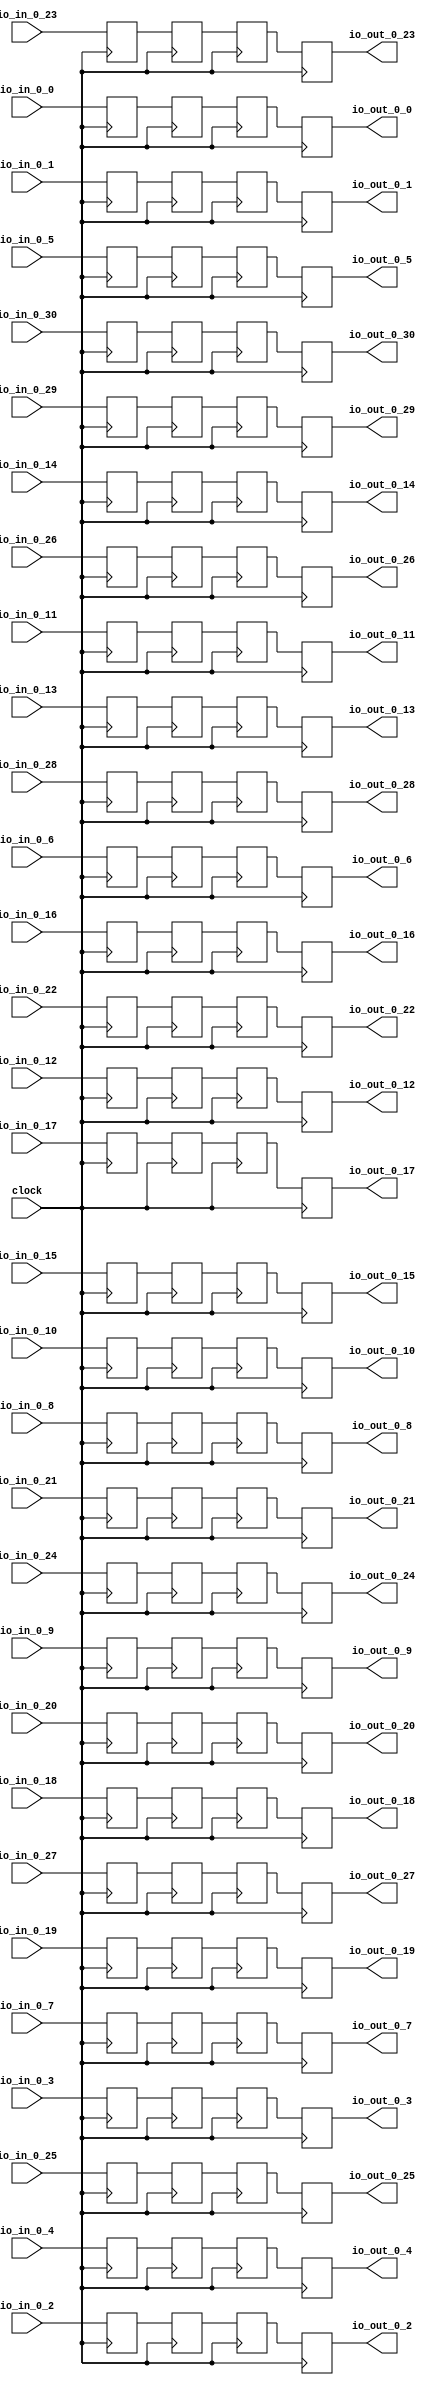
// Copyright (c) 2017, Microsemi Corporation
// All rights reserved.
//
// Redistribution and use in source and binary forms, with or without
// modification, are permitted provided that the following conditions are met:
//     * Redistributions of source code must retain the above copyright
//       notice, this list of conditions and the following disclaimer.
//     * Redistributions in binary form must reproduce the above copyright
//       notice, this list of conditions and the following disclaimer in the
//       documentation and/or other materials provided with the distribution.
//     * Neither the name of the <organization> nor the
//       names of its contributors may be used to endorse or promote products
//       derived from this software without specific prior written permission.
//
// THIS SOFTWARE IS PROVIDED BY THE COPYRIGHT HOLDERS AND CONTRIBUTORS "AS IS" AND
// ANY EXPRESS OR IMPLIED WARRANTIES, INCLUDING, BUT NOT LIMITED TO, THE IMPLIED
// WARRANTIES OF MERCHANTABILITY AND FITNESS FOR A PARTICULAR PURPOSE ARE
// DISCLAIMED. IN NO EVENT SHALL MICROSEMI CORPORATIONM BE LIABLE FOR ANY
// DIRECT, INDIRECT, INCIDENTAL, SPECIAL, EXEMPLARY, OR CONSEQUENTIAL DAMAGES
// (INCLUDING, BUT NOT LIMITED TO, PROCUREMENT OF SUBSTITUTE GOODS OR SERVICES;
// LOSS OF USE, DATA, OR PROFITS; OR BUSINESS INTERRUPTION) HOWEVER CAUSED AND
// ON ANY THEORY OF LIABILITY, WHETHER IN CONTRACT, STRICT LIABILITY, OR TORT
// (INCLUDING NEGLIGENCE OR OTHERWISE) ARISING IN ANY WAY OUT OF THE USE OF THIS
// SOFTWARE, EVEN IF ADVISED OF THE POSSIBILITY OF SUCH DAMAGE.
//
// APACHE LICENSE
// Copyright (c) 2017, Microsemi Corporation 
//
// Licensed under the Apache License, Version 2.0 (the "License");
// you may not use this file except in compliance with the License.
// You may obtain a copy of the License at
//
//    http://www.apache.org/licenses/LICENSE-2.0
//
// Unless required by applicable law or agreed to in writing, software
// distributed under the License is distributed on an "AS IS" BASIS,
// WITHOUT WARRANTIES OR CONDITIONS OF ANY KIND, either express or implied.
// See the License for the specific language governing permissions and
// limitations under the License.
//
// Description:
//
// SVN Revision Information:
// SVN $Revision: $
// SVN $Date: $
//
// Resolved SARs
// SAR      Date     Who   Description
//
// Notes:
//
// ****************************************************************************/
`define RANDOMIZE
`timescale 1ns/10ps
module PROC_SUBSYSTEM_MIV_RV32IMA_L1_AHB_0_MIV_RV32IMA_L1_AHB_INT_XING(
  input   clock,
  input   io_in_0_0,
  input   io_in_0_1,
  input   io_in_0_2,
  input   io_in_0_3,
  input   io_in_0_4,
  input   io_in_0_5,
  input   io_in_0_6,
  input   io_in_0_7,
  input   io_in_0_8,
  input   io_in_0_9,
  input   io_in_0_10,
  input   io_in_0_11,
  input   io_in_0_12,
  input   io_in_0_13,
  input   io_in_0_14,
  input   io_in_0_15,
  input   io_in_0_16,
  input   io_in_0_17,
  input   io_in_0_18,
  input   io_in_0_19,
  input   io_in_0_20,
  input   io_in_0_21,
  input   io_in_0_22,
  input   io_in_0_23,
  input   io_in_0_24,
  input   io_in_0_25,
  input   io_in_0_26,
  input   io_in_0_27,
  input   io_in_0_28,
  input   io_in_0_29,
  input   io_in_0_30,
  output  io_out_0_0,
  output  io_out_0_1,
  output  io_out_0_2,
  output  io_out_0_3,
  output  io_out_0_4,
  output  io_out_0_5,
  output  io_out_0_6,
  output  io_out_0_7,
  output  io_out_0_8,
  output  io_out_0_9,
  output  io_out_0_10,
  output  io_out_0_11,
  output  io_out_0_12,
  output  io_out_0_13,
  output  io_out_0_14,
  output  io_out_0_15,
  output  io_out_0_16,
  output  io_out_0_17,
  output  io_out_0_18,
  output  io_out_0_19,
  output  io_out_0_20,
  output  io_out_0_21,
  output  io_out_0_22,
  output  io_out_0_23,
  output  io_out_0_24,
  output  io_out_0_25,
  output  io_out_0_26,
  output  io_out_0_27,
  output  io_out_0_28,
  output  io_out_0_29,
  output  io_out_0_30
);
  reg  _T_109_0;
  reg [31:0] _RAND_0;
  reg  _T_109_1;
  reg [31:0] _RAND_1;
  reg  _T_109_2;
  reg [31:0] _RAND_2;
  reg  _T_109_3;
  reg [31:0] _RAND_3;
  reg  _T_109_4;
  reg [31:0] _RAND_4;
  reg  _T_109_5;
  reg [31:0] _RAND_5;
  reg  _T_109_6;
  reg [31:0] _RAND_6;
  reg  _T_109_7;
  reg [31:0] _RAND_7;
  reg  _T_109_8;
  reg [31:0] _RAND_8;
  reg  _T_109_9;
  reg [31:0] _RAND_9;
  reg  _T_109_10;
  reg [31:0] _RAND_10;
  reg  _T_109_11;
  reg [31:0] _RAND_11;
  reg  _T_109_12;
  reg [31:0] _RAND_12;
  reg  _T_109_13;
  reg [31:0] _RAND_13;
  reg  _T_109_14;
  reg [31:0] _RAND_14;
  reg  _T_109_15;
  reg [31:0] _RAND_15;
  reg  _T_109_16;
  reg [31:0] _RAND_16;
  reg  _T_109_17;
  reg [31:0] _RAND_17;
  reg  _T_109_18;
  reg [31:0] _RAND_18;
  reg  _T_109_19;
  reg [31:0] _RAND_19;
  reg  _T_109_20;
  reg [31:0] _RAND_20;
  reg  _T_109_21;
  reg [31:0] _RAND_21;
  reg  _T_109_22;
  reg [31:0] _RAND_22;
  reg  _T_109_23;
  reg [31:0] _RAND_23;
  reg  _T_109_24;
  reg [31:0] _RAND_24;
  reg  _T_109_25;
  reg [31:0] _RAND_25;
  reg  _T_109_26;
  reg [31:0] _RAND_26;
  reg  _T_109_27;
  reg [31:0] _RAND_27;
  reg  _T_109_28;
  reg [31:0] _RAND_28;
  reg  _T_109_29;
  reg [31:0] _RAND_29;
  reg  _T_109_30;
  reg [31:0] _RAND_30;
  reg  _T_337_0;
  reg [31:0] _RAND_31;
  reg  _T_337_1;
  reg [31:0] _RAND_32;
  reg  _T_337_2;
  reg [31:0] _RAND_33;
  reg  _T_337_3;
  reg [31:0] _RAND_34;
  reg  _T_337_4;
  reg [31:0] _RAND_35;
  reg  _T_337_5;
  reg [31:0] _RAND_36;
  reg  _T_337_6;
  reg [31:0] _RAND_37;
  reg  _T_337_7;
  reg [31:0] _RAND_38;
  reg  _T_337_8;
  reg [31:0] _RAND_39;
  reg  _T_337_9;
  reg [31:0] _RAND_40;
  reg  _T_337_10;
  reg [31:0] _RAND_41;
  reg  _T_337_11;
  reg [31:0] _RAND_42;
  reg  _T_337_12;
  reg [31:0] _RAND_43;
  reg  _T_337_13;
  reg [31:0] _RAND_44;
  reg  _T_337_14;
  reg [31:0] _RAND_45;
  reg  _T_337_15;
  reg [31:0] _RAND_46;
  reg  _T_337_16;
  reg [31:0] _RAND_47;
  reg  _T_337_17;
  reg [31:0] _RAND_48;
  reg  _T_337_18;
  reg [31:0] _RAND_49;
  reg  _T_337_19;
  reg [31:0] _RAND_50;
  reg  _T_337_20;
  reg [31:0] _RAND_51;
  reg  _T_337_21;
  reg [31:0] _RAND_52;
  reg  _T_337_22;
  reg [31:0] _RAND_53;
  reg  _T_337_23;
  reg [31:0] _RAND_54;
  reg  _T_337_24;
  reg [31:0] _RAND_55;
  reg  _T_337_25;
  reg [31:0] _RAND_56;
  reg  _T_337_26;
  reg [31:0] _RAND_57;
  reg  _T_337_27;
  reg [31:0] _RAND_58;
  reg  _T_337_28;
  reg [31:0] _RAND_59;
  reg  _T_337_29;
  reg [31:0] _RAND_60;
  reg  _T_337_30;
  reg [31:0] _RAND_61;
  reg  _T_693_0;
  reg [31:0] _RAND_62;
  reg  _T_693_1;
  reg [31:0] _RAND_63;
  reg  _T_693_2;
  reg [31:0] _RAND_64;
  reg  _T_693_3;
  reg [31:0] _RAND_65;
  reg  _T_693_4;
  reg [31:0] _RAND_66;
  reg  _T_693_5;
  reg [31:0] _RAND_67;
  reg  _T_693_6;
  reg [31:0] _RAND_68;
  reg  _T_693_7;
  reg [31:0] _RAND_69;
  reg  _T_693_8;
  reg [31:0] _RAND_70;
  reg  _T_693_9;
  reg [31:0] _RAND_71;
  reg  _T_693_10;
  reg [31:0] _RAND_72;
  reg  _T_693_11;
  reg [31:0] _RAND_73;
  reg  _T_693_12;
  reg [31:0] _RAND_74;
  reg  _T_693_13;
  reg [31:0] _RAND_75;
  reg  _T_693_14;
  reg [31:0] _RAND_76;
  reg  _T_693_15;
  reg [31:0] _RAND_77;
  reg  _T_693_16;
  reg [31:0] _RAND_78;
  reg  _T_693_17;
  reg [31:0] _RAND_79;
  reg  _T_693_18;
  reg [31:0] _RAND_80;
  reg  _T_693_19;
  reg [31:0] _RAND_81;
  reg  _T_693_20;
  reg [31:0] _RAND_82;
  reg  _T_693_21;
  reg [31:0] _RAND_83;
  reg  _T_693_22;
  reg [31:0] _RAND_84;
  reg  _T_693_23;
  reg [31:0] _RAND_85;
  reg  _T_693_24;
  reg [31:0] _RAND_86;
  reg  _T_693_25;
  reg [31:0] _RAND_87;
  reg  _T_693_26;
  reg [31:0] _RAND_88;
  reg  _T_693_27;
  reg [31:0] _RAND_89;
  reg  _T_693_28;
  reg [31:0] _RAND_90;
  reg  _T_693_29;
  reg [31:0] _RAND_91;
  reg  _T_693_30;
  reg [31:0] _RAND_92;
  reg  _T_1177_0;
  reg [31:0] _RAND_93;
  reg  _T_1177_1;
  reg [31:0] _RAND_94;
  reg  _T_1177_2;
  reg [31:0] _RAND_95;
  reg  _T_1177_3;
  reg [31:0] _RAND_96;
  reg  _T_1177_4;
  reg [31:0] _RAND_97;
  reg  _T_1177_5;
  reg [31:0] _RAND_98;
  reg  _T_1177_6;
  reg [31:0] _RAND_99;
  reg  _T_1177_7;
  reg [31:0] _RAND_100;
  reg  _T_1177_8;
  reg [31:0] _RAND_101;
  reg  _T_1177_9;
  reg [31:0] _RAND_102;
  reg  _T_1177_10;
  reg [31:0] _RAND_103;
  reg  _T_1177_11;
  reg [31:0] _RAND_104;
  reg  _T_1177_12;
  reg [31:0] _RAND_105;
  reg  _T_1177_13;
  reg [31:0] _RAND_106;
  reg  _T_1177_14;
  reg [31:0] _RAND_107;
  reg  _T_1177_15;
  reg [31:0] _RAND_108;
  reg  _T_1177_16;
  reg [31:0] _RAND_109;
  reg  _T_1177_17;
  reg [31:0] _RAND_110;
  reg  _T_1177_18;
  reg [31:0] _RAND_111;
  reg  _T_1177_19;
  reg [31:0] _RAND_112;
  reg  _T_1177_20;
  reg [31:0] _RAND_113;
  reg  _T_1177_21;
  reg [31:0] _RAND_114;
  reg  _T_1177_22;
  reg [31:0] _RAND_115;
  reg  _T_1177_23;
  reg [31:0] _RAND_116;
  reg  _T_1177_24;
  reg [31:0] _RAND_117;
  reg  _T_1177_25;
  reg [31:0] _RAND_118;
  reg  _T_1177_26;
  reg [31:0] _RAND_119;
  reg  _T_1177_27;
  reg [31:0] _RAND_120;
  reg  _T_1177_28;
  reg [31:0] _RAND_121;
  reg  _T_1177_29;
  reg [31:0] _RAND_122;
  reg  _T_1177_30;
  reg [31:0] _RAND_123;
  assign io_out_0_0 = _T_1177_0;
  assign io_out_0_1 = _T_1177_1;
  assign io_out_0_2 = _T_1177_2;
  assign io_out_0_3 = _T_1177_3;
  assign io_out_0_4 = _T_1177_4;
  assign io_out_0_5 = _T_1177_5;
  assign io_out_0_6 = _T_1177_6;
  assign io_out_0_7 = _T_1177_7;
  assign io_out_0_8 = _T_1177_8;
  assign io_out_0_9 = _T_1177_9;
  assign io_out_0_10 = _T_1177_10;
  assign io_out_0_11 = _T_1177_11;
  assign io_out_0_12 = _T_1177_12;
  assign io_out_0_13 = _T_1177_13;
  assign io_out_0_14 = _T_1177_14;
  assign io_out_0_15 = _T_1177_15;
  assign io_out_0_16 = _T_1177_16;
  assign io_out_0_17 = _T_1177_17;
  assign io_out_0_18 = _T_1177_18;
  assign io_out_0_19 = _T_1177_19;
  assign io_out_0_20 = _T_1177_20;
  assign io_out_0_21 = _T_1177_21;
  assign io_out_0_22 = _T_1177_22;
  assign io_out_0_23 = _T_1177_23;
  assign io_out_0_24 = _T_1177_24;
  assign io_out_0_25 = _T_1177_25;
  assign io_out_0_26 = _T_1177_26;
  assign io_out_0_27 = _T_1177_27;
  assign io_out_0_28 = _T_1177_28;
  assign io_out_0_29 = _T_1177_29;
  assign io_out_0_30 = _T_1177_30;
`ifdef RANDOMIZE
  integer initvar;
  initial begin
    `ifndef verilator
      #0.002 begin end
    `endif
  `ifdef RANDOMIZE_REG_INIT
  _RAND_0 = {1{$random}};
  _T_109_0 = _RAND_0[0:0];
  `endif // RANDOMIZE_REG_INIT
  `ifdef RANDOMIZE_REG_INIT
  _RAND_1 = {1{$random}};
  _T_109_1 = _RAND_1[0:0];
  `endif // RANDOMIZE_REG_INIT
  `ifdef RANDOMIZE_REG_INIT
  _RAND_2 = {1{$random}};
  _T_109_2 = _RAND_2[0:0];
  `endif // RANDOMIZE_REG_INIT
  `ifdef RANDOMIZE_REG_INIT
  _RAND_3 = {1{$random}};
  _T_109_3 = _RAND_3[0:0];
  `endif // RANDOMIZE_REG_INIT
  `ifdef RANDOMIZE_REG_INIT
  _RAND_4 = {1{$random}};
  _T_109_4 = _RAND_4[0:0];
  `endif // RANDOMIZE_REG_INIT
  `ifdef RANDOMIZE_REG_INIT
  _RAND_5 = {1{$random}};
  _T_109_5 = _RAND_5[0:0];
  `endif // RANDOMIZE_REG_INIT
  `ifdef RANDOMIZE_REG_INIT
  _RAND_6 = {1{$random}};
  _T_109_6 = _RAND_6[0:0];
  `endif // RANDOMIZE_REG_INIT
  `ifdef RANDOMIZE_REG_INIT
  _RAND_7 = {1{$random}};
  _T_109_7 = _RAND_7[0:0];
  `endif // RANDOMIZE_REG_INIT
  `ifdef RANDOMIZE_REG_INIT
  _RAND_8 = {1{$random}};
  _T_109_8 = _RAND_8[0:0];
  `endif // RANDOMIZE_REG_INIT
  `ifdef RANDOMIZE_REG_INIT
  _RAND_9 = {1{$random}};
  _T_109_9 = _RAND_9[0:0];
  `endif // RANDOMIZE_REG_INIT
  `ifdef RANDOMIZE_REG_INIT
  _RAND_10 = {1{$random}};
  _T_109_10 = _RAND_10[0:0];
  `endif // RANDOMIZE_REG_INIT
  `ifdef RANDOMIZE_REG_INIT
  _RAND_11 = {1{$random}};
  _T_109_11 = _RAND_11[0:0];
  `endif // RANDOMIZE_REG_INIT
  `ifdef RANDOMIZE_REG_INIT
  _RAND_12 = {1{$random}};
  _T_109_12 = _RAND_12[0:0];
  `endif // RANDOMIZE_REG_INIT
  `ifdef RANDOMIZE_REG_INIT
  _RAND_13 = {1{$random}};
  _T_109_13 = _RAND_13[0:0];
  `endif // RANDOMIZE_REG_INIT
  `ifdef RANDOMIZE_REG_INIT
  _RAND_14 = {1{$random}};
  _T_109_14 = _RAND_14[0:0];
  `endif // RANDOMIZE_REG_INIT
  `ifdef RANDOMIZE_REG_INIT
  _RAND_15 = {1{$random}};
  _T_109_15 = _RAND_15[0:0];
  `endif // RANDOMIZE_REG_INIT
  `ifdef RANDOMIZE_REG_INIT
  _RAND_16 = {1{$random}};
  _T_109_16 = _RAND_16[0:0];
  `endif // RANDOMIZE_REG_INIT
  `ifdef RANDOMIZE_REG_INIT
  _RAND_17 = {1{$random}};
  _T_109_17 = _RAND_17[0:0];
  `endif // RANDOMIZE_REG_INIT
  `ifdef RANDOMIZE_REG_INIT
  _RAND_18 = {1{$random}};
  _T_109_18 = _RAND_18[0:0];
  `endif // RANDOMIZE_REG_INIT
  `ifdef RANDOMIZE_REG_INIT
  _RAND_19 = {1{$random}};
  _T_109_19 = _RAND_19[0:0];
  `endif // RANDOMIZE_REG_INIT
  `ifdef RANDOMIZE_REG_INIT
  _RAND_20 = {1{$random}};
  _T_109_20 = _RAND_20[0:0];
  `endif // RANDOMIZE_REG_INIT
  `ifdef RANDOMIZE_REG_INIT
  _RAND_21 = {1{$random}};
  _T_109_21 = _RAND_21[0:0];
  `endif // RANDOMIZE_REG_INIT
  `ifdef RANDOMIZE_REG_INIT
  _RAND_22 = {1{$random}};
  _T_109_22 = _RAND_22[0:0];
  `endif // RANDOMIZE_REG_INIT
  `ifdef RANDOMIZE_REG_INIT
  _RAND_23 = {1{$random}};
  _T_109_23 = _RAND_23[0:0];
  `endif // RANDOMIZE_REG_INIT
  `ifdef RANDOMIZE_REG_INIT
  _RAND_24 = {1{$random}};
  _T_109_24 = _RAND_24[0:0];
  `endif // RANDOMIZE_REG_INIT
  `ifdef RANDOMIZE_REG_INIT
  _RAND_25 = {1{$random}};
  _T_109_25 = _RAND_25[0:0];
  `endif // RANDOMIZE_REG_INIT
  `ifdef RANDOMIZE_REG_INIT
  _RAND_26 = {1{$random}};
  _T_109_26 = _RAND_26[0:0];
  `endif // RANDOMIZE_REG_INIT
  `ifdef RANDOMIZE_REG_INIT
  _RAND_27 = {1{$random}};
  _T_109_27 = _RAND_27[0:0];
  `endif // RANDOMIZE_REG_INIT
  `ifdef RANDOMIZE_REG_INIT
  _RAND_28 = {1{$random}};
  _T_109_28 = _RAND_28[0:0];
  `endif // RANDOMIZE_REG_INIT
  `ifdef RANDOMIZE_REG_INIT
  _RAND_29 = {1{$random}};
  _T_109_29 = _RAND_29[0:0];
  `endif // RANDOMIZE_REG_INIT
  `ifdef RANDOMIZE_REG_INIT
  _RAND_30 = {1{$random}};
  _T_109_30 = _RAND_30[0:0];
  `endif // RANDOMIZE_REG_INIT
  `ifdef RANDOMIZE_REG_INIT
  _RAND_31 = {1{$random}};
  _T_337_0 = _RAND_31[0:0];
  `endif // RANDOMIZE_REG_INIT
  `ifdef RANDOMIZE_REG_INIT
  _RAND_32 = {1{$random}};
  _T_337_1 = _RAND_32[0:0];
  `endif // RANDOMIZE_REG_INIT
  `ifdef RANDOMIZE_REG_INIT
  _RAND_33 = {1{$random}};
  _T_337_2 = _RAND_33[0:0];
  `endif // RANDOMIZE_REG_INIT
  `ifdef RANDOMIZE_REG_INIT
  _RAND_34 = {1{$random}};
  _T_337_3 = _RAND_34[0:0];
  `endif // RANDOMIZE_REG_INIT
  `ifdef RANDOMIZE_REG_INIT
  _RAND_35 = {1{$random}};
  _T_337_4 = _RAND_35[0:0];
  `endif // RANDOMIZE_REG_INIT
  `ifdef RANDOMIZE_REG_INIT
  _RAND_36 = {1{$random}};
  _T_337_5 = _RAND_36[0:0];
  `endif // RANDOMIZE_REG_INIT
  `ifdef RANDOMIZE_REG_INIT
  _RAND_37 = {1{$random}};
  _T_337_6 = _RAND_37[0:0];
  `endif // RANDOMIZE_REG_INIT
  `ifdef RANDOMIZE_REG_INIT
  _RAND_38 = {1{$random}};
  _T_337_7 = _RAND_38[0:0];
  `endif // RANDOMIZE_REG_INIT
  `ifdef RANDOMIZE_REG_INIT
  _RAND_39 = {1{$random}};
  _T_337_8 = _RAND_39[0:0];
  `endif // RANDOMIZE_REG_INIT
  `ifdef RANDOMIZE_REG_INIT
  _RAND_40 = {1{$random}};
  _T_337_9 = _RAND_40[0:0];
  `endif // RANDOMIZE_REG_INIT
  `ifdef RANDOMIZE_REG_INIT
  _RAND_41 = {1{$random}};
  _T_337_10 = _RAND_41[0:0];
  `endif // RANDOMIZE_REG_INIT
  `ifdef RANDOMIZE_REG_INIT
  _RAND_42 = {1{$random}};
  _T_337_11 = _RAND_42[0:0];
  `endif // RANDOMIZE_REG_INIT
  `ifdef RANDOMIZE_REG_INIT
  _RAND_43 = {1{$random}};
  _T_337_12 = _RAND_43[0:0];
  `endif // RANDOMIZE_REG_INIT
  `ifdef RANDOMIZE_REG_INIT
  _RAND_44 = {1{$random}};
  _T_337_13 = _RAND_44[0:0];
  `endif // RANDOMIZE_REG_INIT
  `ifdef RANDOMIZE_REG_INIT
  _RAND_45 = {1{$random}};
  _T_337_14 = _RAND_45[0:0];
  `endif // RANDOMIZE_REG_INIT
  `ifdef RANDOMIZE_REG_INIT
  _RAND_46 = {1{$random}};
  _T_337_15 = _RAND_46[0:0];
  `endif // RANDOMIZE_REG_INIT
  `ifdef RANDOMIZE_REG_INIT
  _RAND_47 = {1{$random}};
  _T_337_16 = _RAND_47[0:0];
  `endif // RANDOMIZE_REG_INIT
  `ifdef RANDOMIZE_REG_INIT
  _RAND_48 = {1{$random}};
  _T_337_17 = _RAND_48[0:0];
  `endif // RANDOMIZE_REG_INIT
  `ifdef RANDOMIZE_REG_INIT
  _RAND_49 = {1{$random}};
  _T_337_18 = _RAND_49[0:0];
  `endif // RANDOMIZE_REG_INIT
  `ifdef RANDOMIZE_REG_INIT
  _RAND_50 = {1{$random}};
  _T_337_19 = _RAND_50[0:0];
  `endif // RANDOMIZE_REG_INIT
  `ifdef RANDOMIZE_REG_INIT
  _RAND_51 = {1{$random}};
  _T_337_20 = _RAND_51[0:0];
  `endif // RANDOMIZE_REG_INIT
  `ifdef RANDOMIZE_REG_INIT
  _RAND_52 = {1{$random}};
  _T_337_21 = _RAND_52[0:0];
  `endif // RANDOMIZE_REG_INIT
  `ifdef RANDOMIZE_REG_INIT
  _RAND_53 = {1{$random}};
  _T_337_22 = _RAND_53[0:0];
  `endif // RANDOMIZE_REG_INIT
  `ifdef RANDOMIZE_REG_INIT
  _RAND_54 = {1{$random}};
  _T_337_23 = _RAND_54[0:0];
  `endif // RANDOMIZE_REG_INIT
  `ifdef RANDOMIZE_REG_INIT
  _RAND_55 = {1{$random}};
  _T_337_24 = _RAND_55[0:0];
  `endif // RANDOMIZE_REG_INIT
  `ifdef RANDOMIZE_REG_INIT
  _RAND_56 = {1{$random}};
  _T_337_25 = _RAND_56[0:0];
  `endif // RANDOMIZE_REG_INIT
  `ifdef RANDOMIZE_REG_INIT
  _RAND_57 = {1{$random}};
  _T_337_26 = _RAND_57[0:0];
  `endif // RANDOMIZE_REG_INIT
  `ifdef RANDOMIZE_REG_INIT
  _RAND_58 = {1{$random}};
  _T_337_27 = _RAND_58[0:0];
  `endif // RANDOMIZE_REG_INIT
  `ifdef RANDOMIZE_REG_INIT
  _RAND_59 = {1{$random}};
  _T_337_28 = _RAND_59[0:0];
  `endif // RANDOMIZE_REG_INIT
  `ifdef RANDOMIZE_REG_INIT
  _RAND_60 = {1{$random}};
  _T_337_29 = _RAND_60[0:0];
  `endif // RANDOMIZE_REG_INIT
  `ifdef RANDOMIZE_REG_INIT
  _RAND_61 = {1{$random}};
  _T_337_30 = _RAND_61[0:0];
  `endif // RANDOMIZE_REG_INIT
  `ifdef RANDOMIZE_REG_INIT
  _RAND_62 = {1{$random}};
  _T_693_0 = _RAND_62[0:0];
  `endif // RANDOMIZE_REG_INIT
  `ifdef RANDOMIZE_REG_INIT
  _RAND_63 = {1{$random}};
  _T_693_1 = _RAND_63[0:0];
  `endif // RANDOMIZE_REG_INIT
  `ifdef RANDOMIZE_REG_INIT
  _RAND_64 = {1{$random}};
  _T_693_2 = _RAND_64[0:0];
  `endif // RANDOMIZE_REG_INIT
  `ifdef RANDOMIZE_REG_INIT
  _RAND_65 = {1{$random}};
  _T_693_3 = _RAND_65[0:0];
  `endif // RANDOMIZE_REG_INIT
  `ifdef RANDOMIZE_REG_INIT
  _RAND_66 = {1{$random}};
  _T_693_4 = _RAND_66[0:0];
  `endif // RANDOMIZE_REG_INIT
  `ifdef RANDOMIZE_REG_INIT
  _RAND_67 = {1{$random}};
  _T_693_5 = _RAND_67[0:0];
  `endif // RANDOMIZE_REG_INIT
  `ifdef RANDOMIZE_REG_INIT
  _RAND_68 = {1{$random}};
  _T_693_6 = _RAND_68[0:0];
  `endif // RANDOMIZE_REG_INIT
  `ifdef RANDOMIZE_REG_INIT
  _RAND_69 = {1{$random}};
  _T_693_7 = _RAND_69[0:0];
  `endif // RANDOMIZE_REG_INIT
  `ifdef RANDOMIZE_REG_INIT
  _RAND_70 = {1{$random}};
  _T_693_8 = _RAND_70[0:0];
  `endif // RANDOMIZE_REG_INIT
  `ifdef RANDOMIZE_REG_INIT
  _RAND_71 = {1{$random}};
  _T_693_9 = _RAND_71[0:0];
  `endif // RANDOMIZE_REG_INIT
  `ifdef RANDOMIZE_REG_INIT
  _RAND_72 = {1{$random}};
  _T_693_10 = _RAND_72[0:0];
  `endif // RANDOMIZE_REG_INIT
  `ifdef RANDOMIZE_REG_INIT
  _RAND_73 = {1{$random}};
  _T_693_11 = _RAND_73[0:0];
  `endif // RANDOMIZE_REG_INIT
  `ifdef RANDOMIZE_REG_INIT
  _RAND_74 = {1{$random}};
  _T_693_12 = _RAND_74[0:0];
  `endif // RANDOMIZE_REG_INIT
  `ifdef RANDOMIZE_REG_INIT
  _RAND_75 = {1{$random}};
  _T_693_13 = _RAND_75[0:0];
  `endif // RANDOMIZE_REG_INIT
  `ifdef RANDOMIZE_REG_INIT
  _RAND_76 = {1{$random}};
  _T_693_14 = _RAND_76[0:0];
  `endif // RANDOMIZE_REG_INIT
  `ifdef RANDOMIZE_REG_INIT
  _RAND_77 = {1{$random}};
  _T_693_15 = _RAND_77[0:0];
  `endif // RANDOMIZE_REG_INIT
  `ifdef RANDOMIZE_REG_INIT
  _RAND_78 = {1{$random}};
  _T_693_16 = _RAND_78[0:0];
  `endif // RANDOMIZE_REG_INIT
  `ifdef RANDOMIZE_REG_INIT
  _RAND_79 = {1{$random}};
  _T_693_17 = _RAND_79[0:0];
  `endif // RANDOMIZE_REG_INIT
  `ifdef RANDOMIZE_REG_INIT
  _RAND_80 = {1{$random}};
  _T_693_18 = _RAND_80[0:0];
  `endif // RANDOMIZE_REG_INIT
  `ifdef RANDOMIZE_REG_INIT
  _RAND_81 = {1{$random}};
  _T_693_19 = _RAND_81[0:0];
  `endif // RANDOMIZE_REG_INIT
  `ifdef RANDOMIZE_REG_INIT
  _RAND_82 = {1{$random}};
  _T_693_20 = _RAND_82[0:0];
  `endif // RANDOMIZE_REG_INIT
  `ifdef RANDOMIZE_REG_INIT
  _RAND_83 = {1{$random}};
  _T_693_21 = _RAND_83[0:0];
  `endif // RANDOMIZE_REG_INIT
  `ifdef RANDOMIZE_REG_INIT
  _RAND_84 = {1{$random}};
  _T_693_22 = _RAND_84[0:0];
  `endif // RANDOMIZE_REG_INIT
  `ifdef RANDOMIZE_REG_INIT
  _RAND_85 = {1{$random}};
  _T_693_23 = _RAND_85[0:0];
  `endif // RANDOMIZE_REG_INIT
  `ifdef RANDOMIZE_REG_INIT
  _RAND_86 = {1{$random}};
  _T_693_24 = _RAND_86[0:0];
  `endif // RANDOMIZE_REG_INIT
  `ifdef RANDOMIZE_REG_INIT
  _RAND_87 = {1{$random}};
  _T_693_25 = _RAND_87[0:0];
  `endif // RANDOMIZE_REG_INIT
  `ifdef RANDOMIZE_REG_INIT
  _RAND_88 = {1{$random}};
  _T_693_26 = _RAND_88[0:0];
  `endif // RANDOMIZE_REG_INIT
  `ifdef RANDOMIZE_REG_INIT
  _RAND_89 = {1{$random}};
  _T_693_27 = _RAND_89[0:0];
  `endif // RANDOMIZE_REG_INIT
  `ifdef RANDOMIZE_REG_INIT
  _RAND_90 = {1{$random}};
  _T_693_28 = _RAND_90[0:0];
  `endif // RANDOMIZE_REG_INIT
  `ifdef RANDOMIZE_REG_INIT
  _RAND_91 = {1{$random}};
  _T_693_29 = _RAND_91[0:0];
  `endif // RANDOMIZE_REG_INIT
  `ifdef RANDOMIZE_REG_INIT
  _RAND_92 = {1{$random}};
  _T_693_30 = _RAND_92[0:0];
  `endif // RANDOMIZE_REG_INIT
  `ifdef RANDOMIZE_REG_INIT
  _RAND_93 = {1{$random}};
  _T_1177_0 = _RAND_93[0:0];
  `endif // RANDOMIZE_REG_INIT
  `ifdef RANDOMIZE_REG_INIT
  _RAND_94 = {1{$random}};
  _T_1177_1 = _RAND_94[0:0];
  `endif // RANDOMIZE_REG_INIT
  `ifdef RANDOMIZE_REG_INIT
  _RAND_95 = {1{$random}};
  _T_1177_2 = _RAND_95[0:0];
  `endif // RANDOMIZE_REG_INIT
  `ifdef RANDOMIZE_REG_INIT
  _RAND_96 = {1{$random}};
  _T_1177_3 = _RAND_96[0:0];
  `endif // RANDOMIZE_REG_INIT
  `ifdef RANDOMIZE_REG_INIT
  _RAND_97 = {1{$random}};
  _T_1177_4 = _RAND_97[0:0];
  `endif // RANDOMIZE_REG_INIT
  `ifdef RANDOMIZE_REG_INIT
  _RAND_98 = {1{$random}};
  _T_1177_5 = _RAND_98[0:0];
  `endif // RANDOMIZE_REG_INIT
  `ifdef RANDOMIZE_REG_INIT
  _RAND_99 = {1{$random}};
  _T_1177_6 = _RAND_99[0:0];
  `endif // RANDOMIZE_REG_INIT
  `ifdef RANDOMIZE_REG_INIT
  _RAND_100 = {1{$random}};
  _T_1177_7 = _RAND_100[0:0];
  `endif // RANDOMIZE_REG_INIT
  `ifdef RANDOMIZE_REG_INIT
  _RAND_101 = {1{$random}};
  _T_1177_8 = _RAND_101[0:0];
  `endif // RANDOMIZE_REG_INIT
  `ifdef RANDOMIZE_REG_INIT
  _RAND_102 = {1{$random}};
  _T_1177_9 = _RAND_102[0:0];
  `endif // RANDOMIZE_REG_INIT
  `ifdef RANDOMIZE_REG_INIT
  _RAND_103 = {1{$random}};
  _T_1177_10 = _RAND_103[0:0];
  `endif // RANDOMIZE_REG_INIT
  `ifdef RANDOMIZE_REG_INIT
  _RAND_104 = {1{$random}};
  _T_1177_11 = _RAND_104[0:0];
  `endif // RANDOMIZE_REG_INIT
  `ifdef RANDOMIZE_REG_INIT
  _RAND_105 = {1{$random}};
  _T_1177_12 = _RAND_105[0:0];
  `endif // RANDOMIZE_REG_INIT
  `ifdef RANDOMIZE_REG_INIT
  _RAND_106 = {1{$random}};
  _T_1177_13 = _RAND_106[0:0];
  `endif // RANDOMIZE_REG_INIT
  `ifdef RANDOMIZE_REG_INIT
  _RAND_107 = {1{$random}};
  _T_1177_14 = _RAND_107[0:0];
  `endif // RANDOMIZE_REG_INIT
  `ifdef RANDOMIZE_REG_INIT
  _RAND_108 = {1{$random}};
  _T_1177_15 = _RAND_108[0:0];
  `endif // RANDOMIZE_REG_INIT
  `ifdef RANDOMIZE_REG_INIT
  _RAND_109 = {1{$random}};
  _T_1177_16 = _RAND_109[0:0];
  `endif // RANDOMIZE_REG_INIT
  `ifdef RANDOMIZE_REG_INIT
  _RAND_110 = {1{$random}};
  _T_1177_17 = _RAND_110[0:0];
  `endif // RANDOMIZE_REG_INIT
  `ifdef RANDOMIZE_REG_INIT
  _RAND_111 = {1{$random}};
  _T_1177_18 = _RAND_111[0:0];
  `endif // RANDOMIZE_REG_INIT
  `ifdef RANDOMIZE_REG_INIT
  _RAND_112 = {1{$random}};
  _T_1177_19 = _RAND_112[0:0];
  `endif // RANDOMIZE_REG_INIT
  `ifdef RANDOMIZE_REG_INIT
  _RAND_113 = {1{$random}};
  _T_1177_20 = _RAND_113[0:0];
  `endif // RANDOMIZE_REG_INIT
  `ifdef RANDOMIZE_REG_INIT
  _RAND_114 = {1{$random}};
  _T_1177_21 = _RAND_114[0:0];
  `endif // RANDOMIZE_REG_INIT
  `ifdef RANDOMIZE_REG_INIT
  _RAND_115 = {1{$random}};
  _T_1177_22 = _RAND_115[0:0];
  `endif // RANDOMIZE_REG_INIT
  `ifdef RANDOMIZE_REG_INIT
  _RAND_116 = {1{$random}};
  _T_1177_23 = _RAND_116[0:0];
  `endif // RANDOMIZE_REG_INIT
  `ifdef RANDOMIZE_REG_INIT
  _RAND_117 = {1{$random}};
  _T_1177_24 = _RAND_117[0:0];
  `endif // RANDOMIZE_REG_INIT
  `ifdef RANDOMIZE_REG_INIT
  _RAND_118 = {1{$random}};
  _T_1177_25 = _RAND_118[0:0];
  `endif // RANDOMIZE_REG_INIT
  `ifdef RANDOMIZE_REG_INIT
  _RAND_119 = {1{$random}};
  _T_1177_26 = _RAND_119[0:0];
  `endif // RANDOMIZE_REG_INIT
  `ifdef RANDOMIZE_REG_INIT
  _RAND_120 = {1{$random}};
  _T_1177_27 = _RAND_120[0:0];
  `endif // RANDOMIZE_REG_INIT
  `ifdef RANDOMIZE_REG_INIT
  _RAND_121 = {1{$random}};
  _T_1177_28 = _RAND_121[0:0];
  `endif // RANDOMIZE_REG_INIT
  `ifdef RANDOMIZE_REG_INIT
  _RAND_122 = {1{$random}};
  _T_1177_29 = _RAND_122[0:0];
  `endif // RANDOMIZE_REG_INIT
  `ifdef RANDOMIZE_REG_INIT
  _RAND_123 = {1{$random}};
  _T_1177_30 = _RAND_123[0:0];
  `endif // RANDOMIZE_REG_INIT
  end
`endif // RANDOMIZE
  always @(posedge clock) begin
    _T_109_0 <= io_in_0_0;
    _T_109_1 <= io_in_0_1;
    _T_109_2 <= io_in_0_2;
    _T_109_3 <= io_in_0_3;
    _T_109_4 <= io_in_0_4;
    _T_109_5 <= io_in_0_5;
    _T_109_6 <= io_in_0_6;
    _T_109_7 <= io_in_0_7;
    _T_109_8 <= io_in_0_8;
    _T_109_9 <= io_in_0_9;
    _T_109_10 <= io_in_0_10;
    _T_109_11 <= io_in_0_11;
    _T_109_12 <= io_in_0_12;
    _T_109_13 <= io_in_0_13;
    _T_109_14 <= io_in_0_14;
    _T_109_15 <= io_in_0_15;
    _T_109_16 <= io_in_0_16;
    _T_109_17 <= io_in_0_17;
    _T_109_18 <= io_in_0_18;
    _T_109_19 <= io_in_0_19;
    _T_109_20 <= io_in_0_20;
    _T_109_21 <= io_in_0_21;
    _T_109_22 <= io_in_0_22;
    _T_109_23 <= io_in_0_23;
    _T_109_24 <= io_in_0_24;
    _T_109_25 <= io_in_0_25;
    _T_109_26 <= io_in_0_26;
    _T_109_27 <= io_in_0_27;
    _T_109_28 <= io_in_0_28;
    _T_109_29 <= io_in_0_29;
    _T_109_30 <= io_in_0_30;
    _T_337_0 <= _T_109_0;
    _T_337_1 <= _T_109_1;
    _T_337_2 <= _T_109_2;
    _T_337_3 <= _T_109_3;
    _T_337_4 <= _T_109_4;
    _T_337_5 <= _T_109_5;
    _T_337_6 <= _T_109_6;
    _T_337_7 <= _T_109_7;
    _T_337_8 <= _T_109_8;
    _T_337_9 <= _T_109_9;
    _T_337_10 <= _T_109_10;
    _T_337_11 <= _T_109_11;
    _T_337_12 <= _T_109_12;
    _T_337_13 <= _T_109_13;
    _T_337_14 <= _T_109_14;
    _T_337_15 <= _T_109_15;
    _T_337_16 <= _T_109_16;
    _T_337_17 <= _T_109_17;
    _T_337_18 <= _T_109_18;
    _T_337_19 <= _T_109_19;
    _T_337_20 <= _T_109_20;
    _T_337_21 <= _T_109_21;
    _T_337_22 <= _T_109_22;
    _T_337_23 <= _T_109_23;
    _T_337_24 <= _T_109_24;
    _T_337_25 <= _T_109_25;
    _T_337_26 <= _T_109_26;
    _T_337_27 <= _T_109_27;
    _T_337_28 <= _T_109_28;
    _T_337_29 <= _T_109_29;
    _T_337_30 <= _T_109_30;
    _T_693_0 <= _T_337_0;
    _T_693_1 <= _T_337_1;
    _T_693_2 <= _T_337_2;
    _T_693_3 <= _T_337_3;
    _T_693_4 <= _T_337_4;
    _T_693_5 <= _T_337_5;
    _T_693_6 <= _T_337_6;
    _T_693_7 <= _T_337_7;
    _T_693_8 <= _T_337_8;
    _T_693_9 <= _T_337_9;
    _T_693_10 <= _T_337_10;
    _T_693_11 <= _T_337_11;
    _T_693_12 <= _T_337_12;
    _T_693_13 <= _T_337_13;
    _T_693_14 <= _T_337_14;
    _T_693_15 <= _T_337_15;
    _T_693_16 <= _T_337_16;
    _T_693_17 <= _T_337_17;
    _T_693_18 <= _T_337_18;
    _T_693_19 <= _T_337_19;
    _T_693_20 <= _T_337_20;
    _T_693_21 <= _T_337_21;
    _T_693_22 <= _T_337_22;
    _T_693_23 <= _T_337_23;
    _T_693_24 <= _T_337_24;
    _T_693_25 <= _T_337_25;
    _T_693_26 <= _T_337_26;
    _T_693_27 <= _T_337_27;
    _T_693_28 <= _T_337_28;
    _T_693_29 <= _T_337_29;
    _T_693_30 <= _T_337_30;
    _T_1177_0 <= _T_693_0;
    _T_1177_1 <= _T_693_1;
    _T_1177_2 <= _T_693_2;
    _T_1177_3 <= _T_693_3;
    _T_1177_4 <= _T_693_4;
    _T_1177_5 <= _T_693_5;
    _T_1177_6 <= _T_693_6;
    _T_1177_7 <= _T_693_7;
    _T_1177_8 <= _T_693_8;
    _T_1177_9 <= _T_693_9;
    _T_1177_10 <= _T_693_10;
    _T_1177_11 <= _T_693_11;
    _T_1177_12 <= _T_693_12;
    _T_1177_13 <= _T_693_13;
    _T_1177_14 <= _T_693_14;
    _T_1177_15 <= _T_693_15;
    _T_1177_16 <= _T_693_16;
    _T_1177_17 <= _T_693_17;
    _T_1177_18 <= _T_693_18;
    _T_1177_19 <= _T_693_19;
    _T_1177_20 <= _T_693_20;
    _T_1177_21 <= _T_693_21;
    _T_1177_22 <= _T_693_22;
    _T_1177_23 <= _T_693_23;
    _T_1177_24 <= _T_693_24;
    _T_1177_25 <= _T_693_25;
    _T_1177_26 <= _T_693_26;
    _T_1177_27 <= _T_693_27;
    _T_1177_28 <= _T_693_28;
    _T_1177_29 <= _T_693_29;
    _T_1177_30 <= _T_693_30;
  end
endmodule